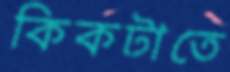
কিকটাতে